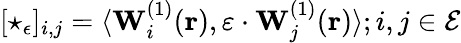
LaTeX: [\star_{\epsilon}]_{i,j}=\langle\mathbf{W}_{i}^{(1)}(\mathbf{r}),\varepsilon\cdot\mathbf{W}_{j}^{(1)}(\mathbf{r})\rangle;i,j\in\mathcal{E}